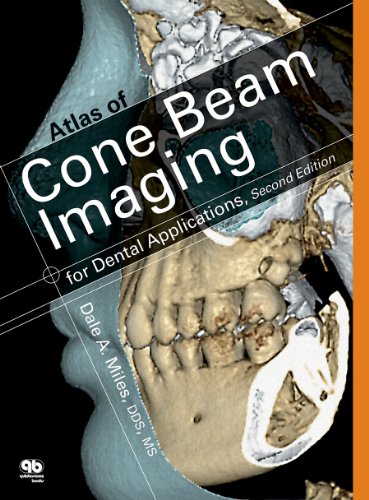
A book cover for Atlas of Cone Beam Imaging for Dental Applications; Dale A. Miles; Medical Books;